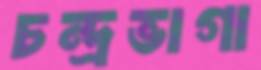
চন্দ্রভাগা